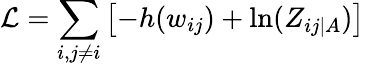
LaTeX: \mathcal{L}=\sum_{i,j\neq i}\left[-h(w_{ij})+\ln(Z_{ij|A})\right]